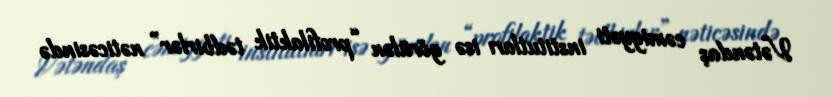
Vətəndaş cəmiyyəti institutları isə görülən “profilaktik tədbirlər” nəticəsində